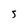
Character: 5